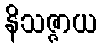
နိသဇ္ဇာယ